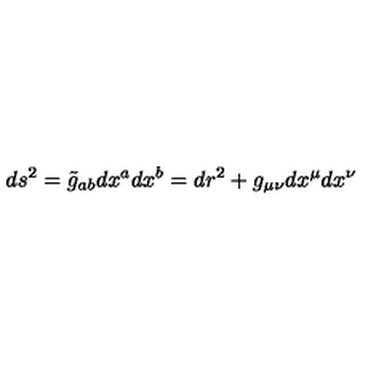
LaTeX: d s ^ { 2 } = \tilde { g } _ { a b } d x ^ { a } d x ^ { b } = d r ^ { 2 } + g _ { \mu \nu } d x ^ { \mu } d x ^ { \nu }